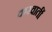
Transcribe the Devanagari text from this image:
करवातीं